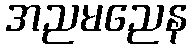
အညမညေန